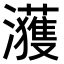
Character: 𤄀